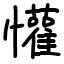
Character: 懽